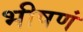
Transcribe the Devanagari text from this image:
भीषणं